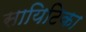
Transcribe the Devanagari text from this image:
सायिटिका